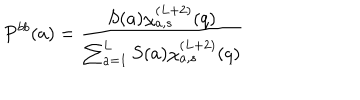
P ^ { b b } ( a ) = \frac { S ( a ) \chi _ { a , s } ^ { ( L + 2 ) } ( q ) } { \sum _ { a = 1 } ^ { L } S ( a ) \chi _ { a , s } ^ { ( L + 2 ) } ( q ) }